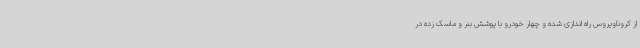
از کروناویروس راه اندازی شده و چهار خودرو با پوشش بنر و ماسک زده در